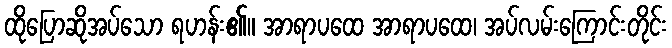
ထိုပြောဆိုအပ်သော ရဟန်း၏။ အာရာပထေ အာရာပထေ၊ အပ်လမ်းကြောင်းတိုင်း